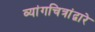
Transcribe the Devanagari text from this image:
व्यांगचित्रांद्वारे